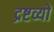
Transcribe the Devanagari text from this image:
द्रष्टव्यों